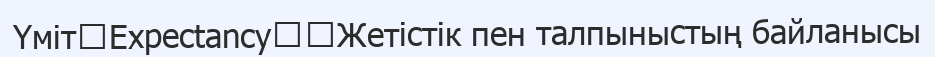
Үміт（Expectancy）：Жетістік пен талпыныстың байланысы